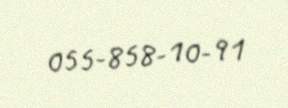
055-858-10-91